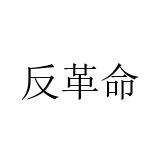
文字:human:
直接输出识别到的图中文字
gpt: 反革命